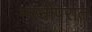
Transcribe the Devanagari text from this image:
मरनोपरांत